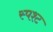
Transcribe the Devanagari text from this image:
स्पश्‍ट